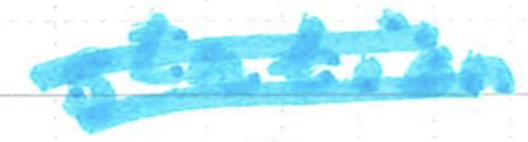
Text: station
Cross-out: double-line
Writing tool: marker